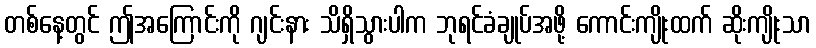
တစ်နေ့တွင် ဤအကြောင်းကို ဂျင်းနား သိရှိသွားပါက ဘုရင်ခံချုပ်အဖို့ ကောင်းကျိုးထက် ဆိုးကျိုးသာ